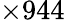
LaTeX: \times 944